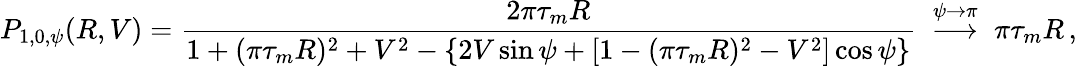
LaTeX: P_{1,0,\psi}(R,V)=\frac{2\pi\tau_{m}R}{1+(\pi\tau_{m}R)^{2}+V^{2}-\left\{ 2V\sin\psi+[1-(\pi\tau_{m}R)^{2}-V^{2}]\cos\psi\right\} }\; \stackrel{\psi\to\pi}{\longrightarrow}\; \pi\tau_{m}R\, ,